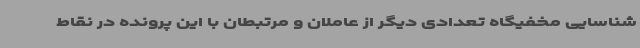
شناسایی مخفیگاه تعدادی دیگر از عاملان و مرتبطان با این پرونده در نقاط